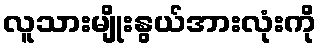
လူသားမျိုးနွယ်အားလုံးကို